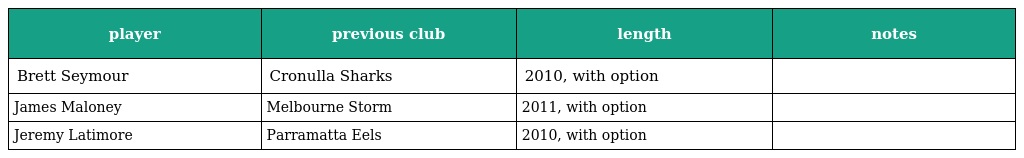
| player | previous club | length | notes |
 | --- | --- | --- | --- |
 | Brett Seymour | Cronulla Sharks | 2010, with option |  |
 | James Maloney | Melbourne Storm | 2011, with option |  |
 | Jeremy Latimore | Parramatta Eels | 2010, with option |  |